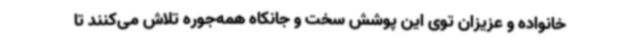
خانواده و عزیزان توی این پوشش سخت و جانکاه همه‌جوره تلاش می‌کنند تا